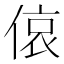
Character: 偯